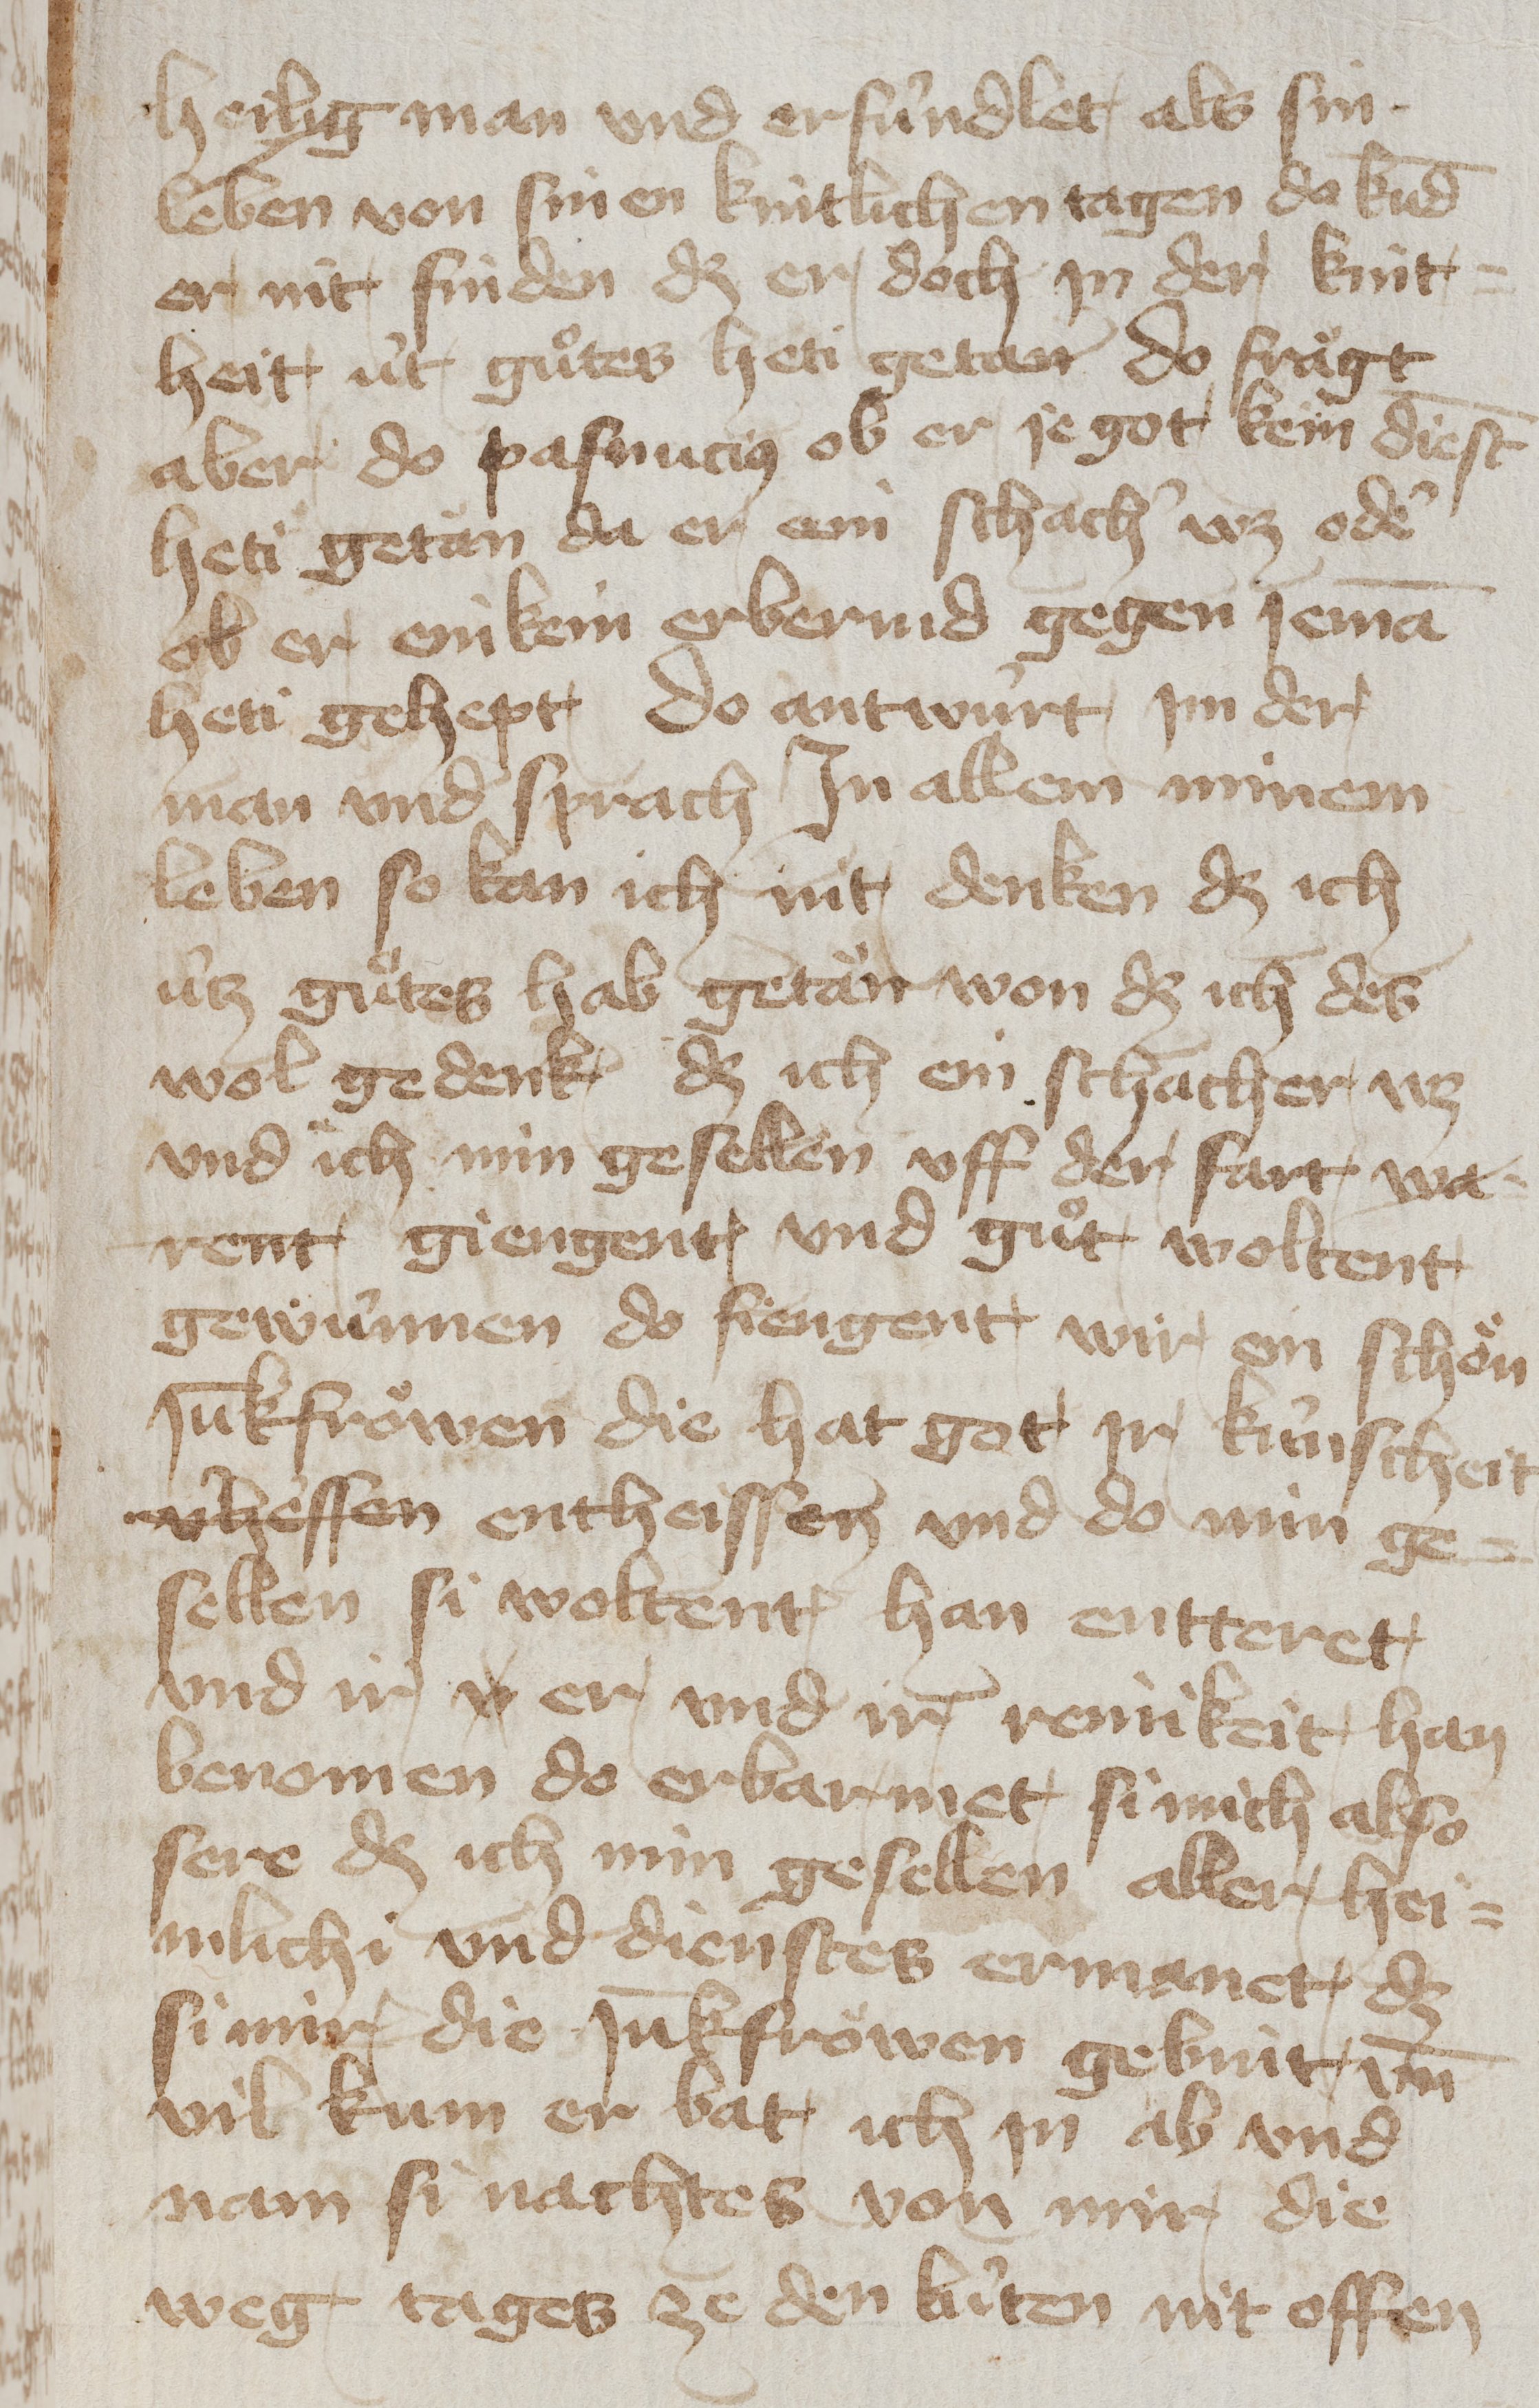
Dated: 1400–1449